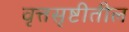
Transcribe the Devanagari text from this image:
वृत्तसृष्टीतील